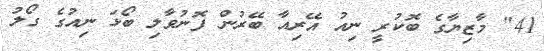
41" މާޒިޔާގެ ބޮކުރީ ނިއު އޭރިއާ ބޭރުން ފޮނުވާލި ބޯޅަ ނިއުގެ ގޯލު